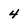
Character: 4